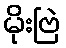
မိုးဗြဲ